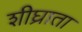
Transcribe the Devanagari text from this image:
शीघ्राता